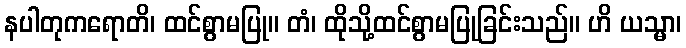
နပါတုကရောတိ၊ ထင်စွာမပြု။ တံ၊ ထိုသို့ထင်စွာမပြုခြင်းသည်။ ဟိ ယသ္မာ၊